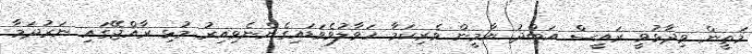
މަތީން ވިދާޅުވީ ރައީސް އަބްދު ޔާމީން ވެރިކަމާ ހަވާލުވެވަޑައިގެންނެވިއިރު މުޅި ރާއްޖޭގައި ނަރުދަމާ